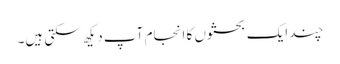
چند ایک بحثوں کا انجام آپ دیکھ سکتی ہیں۔